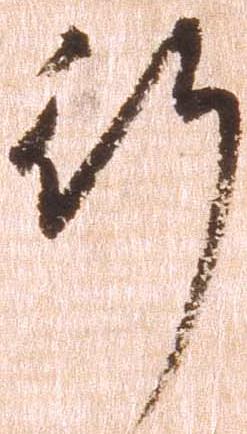
行